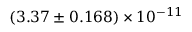
( 3 . 3 7 \pm 0 . 1 6 8 ) \times 1 0 ^ { - 1 1 }